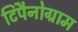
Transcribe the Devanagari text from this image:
टिंपैनोग्राम